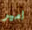
امير